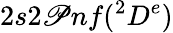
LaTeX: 2s2\mathscr{P}nf(^{2}D^{e})